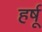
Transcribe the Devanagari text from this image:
हर्षू